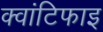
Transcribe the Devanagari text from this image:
क्वांटिफाइ